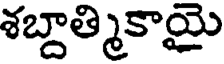
శబ్దాత్మికాయై